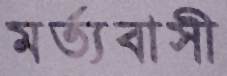
মর্ত্যবাসী